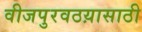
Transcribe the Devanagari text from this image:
वीजपुरवठय़ासाठी